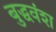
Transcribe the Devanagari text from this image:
बुद्धवंश